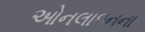
ઓનલાઇનના